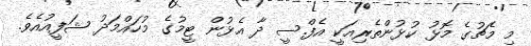
މި މެޗުގެ މޮޅު ކުޅުންތެރިއަކީ އެފް.ސީ ދާ އެޅުން ޓީމުގެ މުހައްމަދު ޝަފީއުއެވެ.